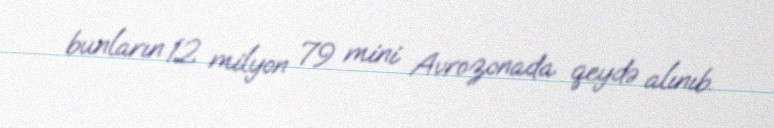
bunların 12 milyon 79 mini Avrozonada qeydə alınıb.